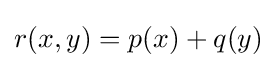
r(x,y)=p(x)+q(y)